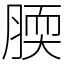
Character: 腝